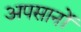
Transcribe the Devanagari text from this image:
अपसानों